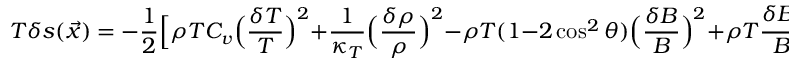
T \delta s ( \vec { x } ) = - \frac { 1 } { 2 } \Big [ \rho T C _ { v } \Big ( \frac { \delta T } { T } \Big ) ^ { 2 } + \frac { 1 } { \kappa _ { T } } \Big ( \frac { \delta \rho } { \rho } \Big ) ^ { 2 } - \rho T ( 1 - 2 \cos ^ { 2 } \theta ) \Big ( \frac { \delta B } { B } \Big ) ^ { 2 } + \rho T \frac { \delta B _ { \| } } { B } \Big ] = \phi _ { s } ( \vec { x } )